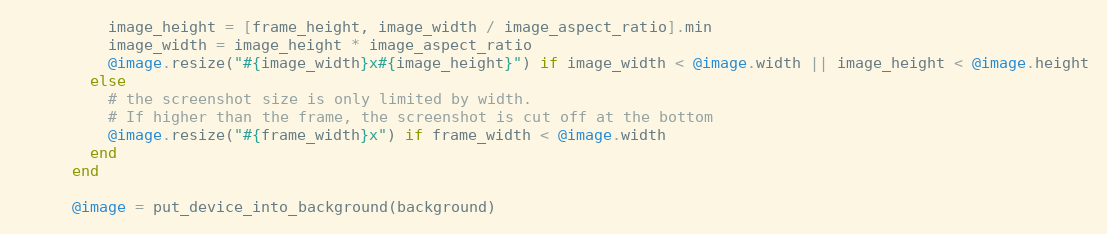
Language: Ruby
          image_height = [frame_height, image_width / image_aspect_ratio].min
          image_width = image_height * image_aspect_ratio
          @image.resize("#{image_width}x#{image_height}") if image_width < @image.width || image_height < @image.height
        else
          # the screenshot size is only limited by width.
          # If higher than the frame, the screenshot is cut off at the bottom
          @image.resize("#{frame_width}x") if frame_width < @image.width
        end
      end

      @image = put_device_into_background(background)